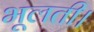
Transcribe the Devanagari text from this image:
भूलती।